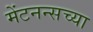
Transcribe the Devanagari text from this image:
मेंटनन्सच्या